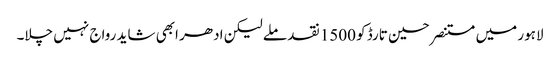
لاہور میں مستنصر حسین تارڈ کو 1500 نقد ملے لیکن ادھر ابھی شاید رواج نہیں چلا۔